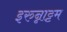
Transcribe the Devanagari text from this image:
इरुन्नाट्टम